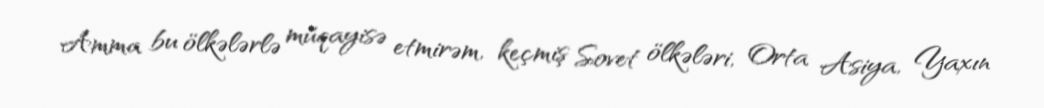
Amma bu ölkələrlə müqayisə etmirəm, keçmiş Sovet ölkələri, Orta Asiya, Yaxın